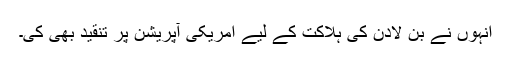
انہوں نے بن لادن کی ہلاکت کے لیے امریکی آپریشن پر تنقید بھی کی۔